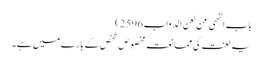
باب النھی عن لعن الدواب 2596)
یہ لعنت کی ممانعت مخصوص شخص کے بارے میں ہے۔